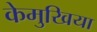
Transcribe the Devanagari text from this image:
केमुखिया